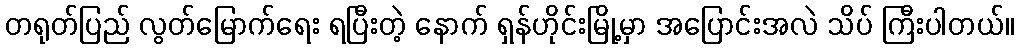
တရုတ်ပြည် လွတ်မြောက်ရေး ရပြီးတဲ့ နောက် ရှန်ဟိုင်းမြို့မှာ အပြောင်းအလဲ သိပ် ကြီးပါတယ်။